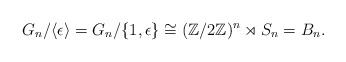
LaTeX: \begin{align*}G_n / \langle \epsilon \rangle = G_n/\{1, \epsilon\} \cong (\mathbb Z/2\mathbb Z)^n \rtimes S_n = B_n. \end{align*}